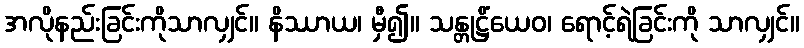
အလိုနည်းခြင်းကိုသာလျှင်။ နိဿာယ၊ မှီ၍။ သန္တုဋ္ဌိံယေဝ၊ ရောင့်ရဲခြင်းကို သာလျှင်။